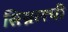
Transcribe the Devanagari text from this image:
सिग्नलची